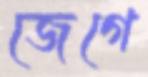
জেগে